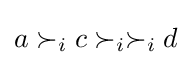
a\succ _{i}c\succ _{i}\succ _{i}d